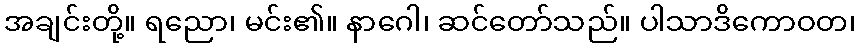
အချင်းတို့။ ရညော၊ မင်း၏။ နာဂေါ၊ ဆင်တော်သည်။ ပါသာဒိကောဝတ၊